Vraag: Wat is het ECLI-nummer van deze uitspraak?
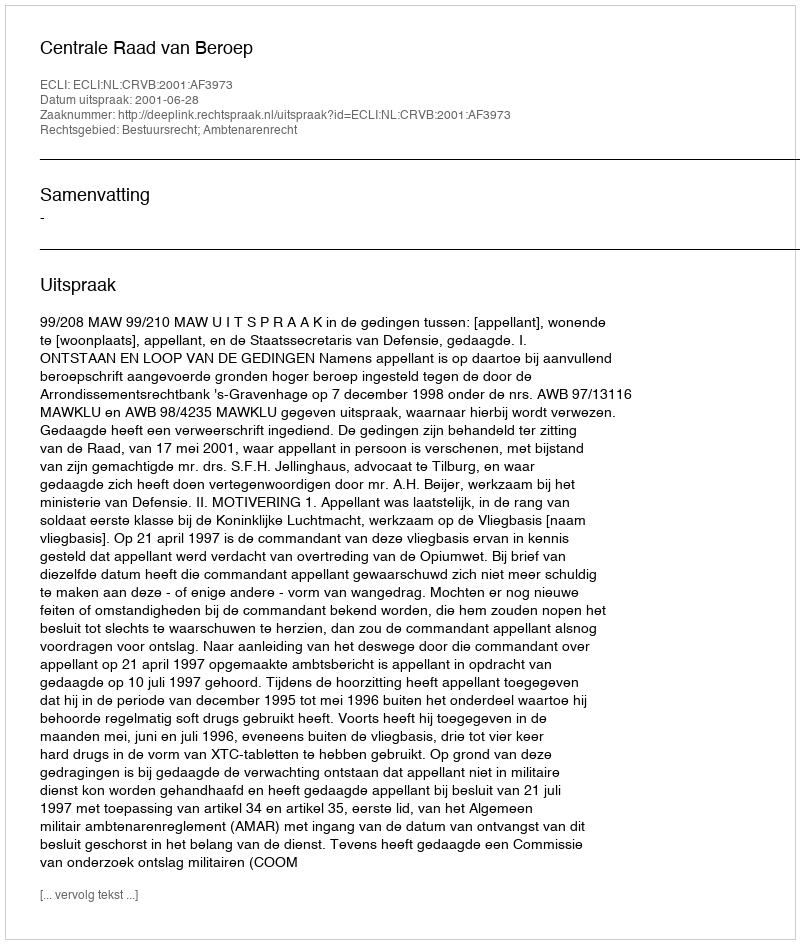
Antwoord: ECLI:NL:CRVB:2001:AF3973